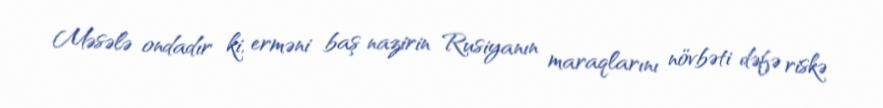
Məsələ ondadır ki, erməni baş nazirin Rusiyanın maraqlarını növbəti dəfə riskə